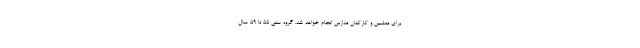
برای معلمین و کارکنان مدارس انجام خواهد شد. گروه سنی ۵۵ تا ۵۹ سال